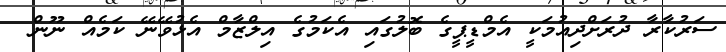
ސަރުކާރާ ދުރަށްދިއުމަކީ އެމްޑީޕީގެ ބޮލުގައި އެކަމުގެ އިލްޒާމް އެޅުވޭނޭ ކަމެއް ނޫން